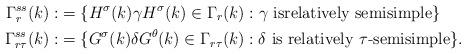
LaTeX: \begin{align*}\Gamma_r^{ss}(k):&=\{H^{\sigma}(k)\gamma H^{\sigma}(k) \in \Gamma_r(k):\gamma \textrm{ isrelatively semisimple}\}\\ \Gamma_{r\tau}^{ss}(k):&=\{G^{\sigma}(k)\delta G^{\theta}(k) \in \Gamma_{r\tau}(k):\delta \textrm{ is relatively }\tau\textrm{-semisimple}\}.\end{align*}